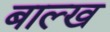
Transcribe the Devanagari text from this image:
बाल्ख